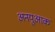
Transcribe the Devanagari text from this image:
अनयुआक